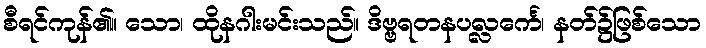
စီရင်ကုန်၏။ သော၊ ထိုနဂါးမင်းသည်။ ဒိဗ္ဗရတနပလ္လင်္ကေ၊ နတ်၌ဖြစ်သော